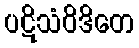
ပဋိသံဝိဒိတေ